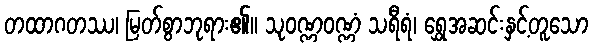
တထာဂတဿ၊ မြတ်စွာဘုရား၏။ သုဝဏ္ဏဝဏ္ဏံ သရီရံ၊ ရွှေအဆင်းနှင့်တူသော